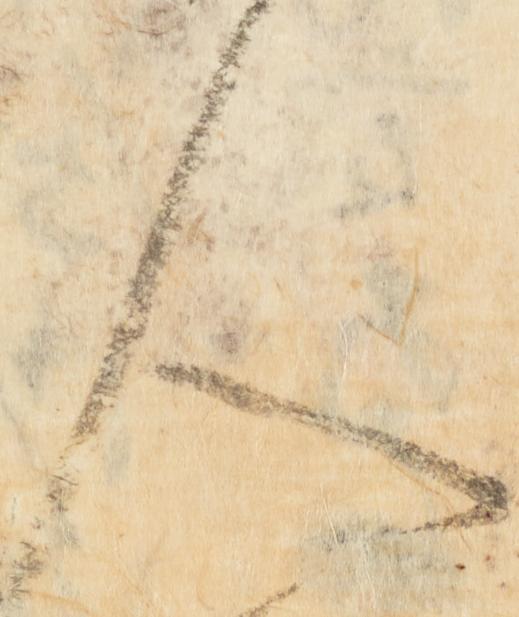
人